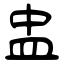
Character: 盅